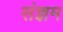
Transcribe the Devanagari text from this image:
संज्ञम